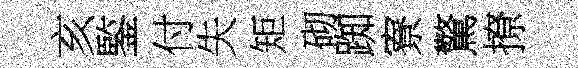
亥鍳付失矩砌踟寮驚撩